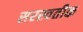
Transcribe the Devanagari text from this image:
सरस्वतीक